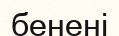
бенені